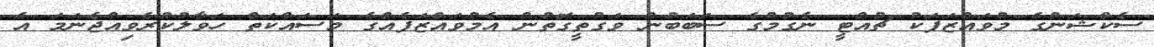
ސެކްޝަނުގެ މުވައްޒަފަކު ޗުއްޓީ ނެގުމުގެ ސަބަބުން ވަގުތީގޮތުން އެމުވައްޒަފެއްގެ މަސައްކަތް ހަވާލުކުރެވިއްޖެނަމަ އެ